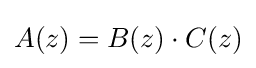
A(z)=B(z)\cdot C(z)